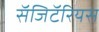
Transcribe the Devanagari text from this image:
सॅजिटॅरियस